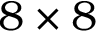
8 \times 8